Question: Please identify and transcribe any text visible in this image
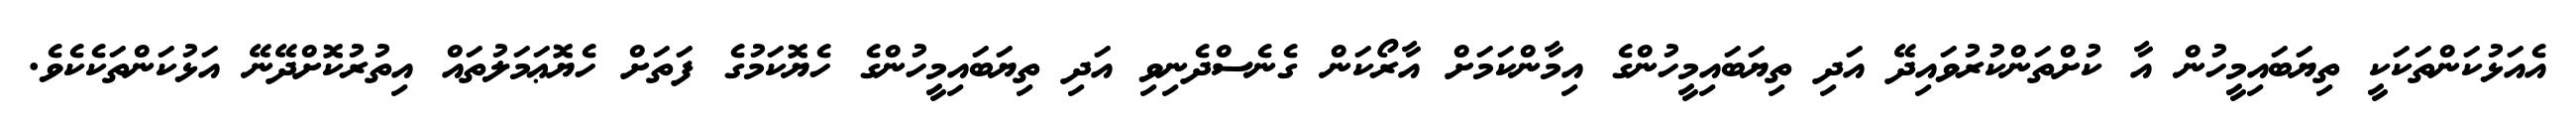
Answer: އެއަޅުކަންތަކަކީ ތިޔަބައިމީހުން އާ ކުށްތަންކުރުވައިދޭ އަދި ތިޔަބައިމީހުންގެ އިމާންކަމަށް އާރޯކަން ގެނެސްދެނިވި އަދި ތިޔަބައިމީހުންގެ ހެޔޮކަމުގެ ފަތަށް ހެޔޮޢަމަލުތައް އިތުރުކޮށްދޭނޭ އަޅުކަންތަކެކެވެ.